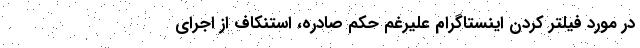
در مورد فیلتر کردن اینستاگرام علیرغم حکم صادره، استنکاف از اجرای